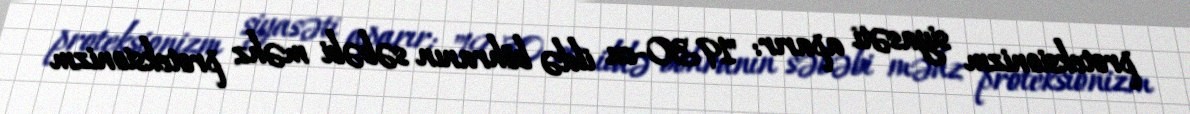
proteksionizm siyasəti aparır: "1930-cu ildə böhranın səbəbi məhz proteksionizm